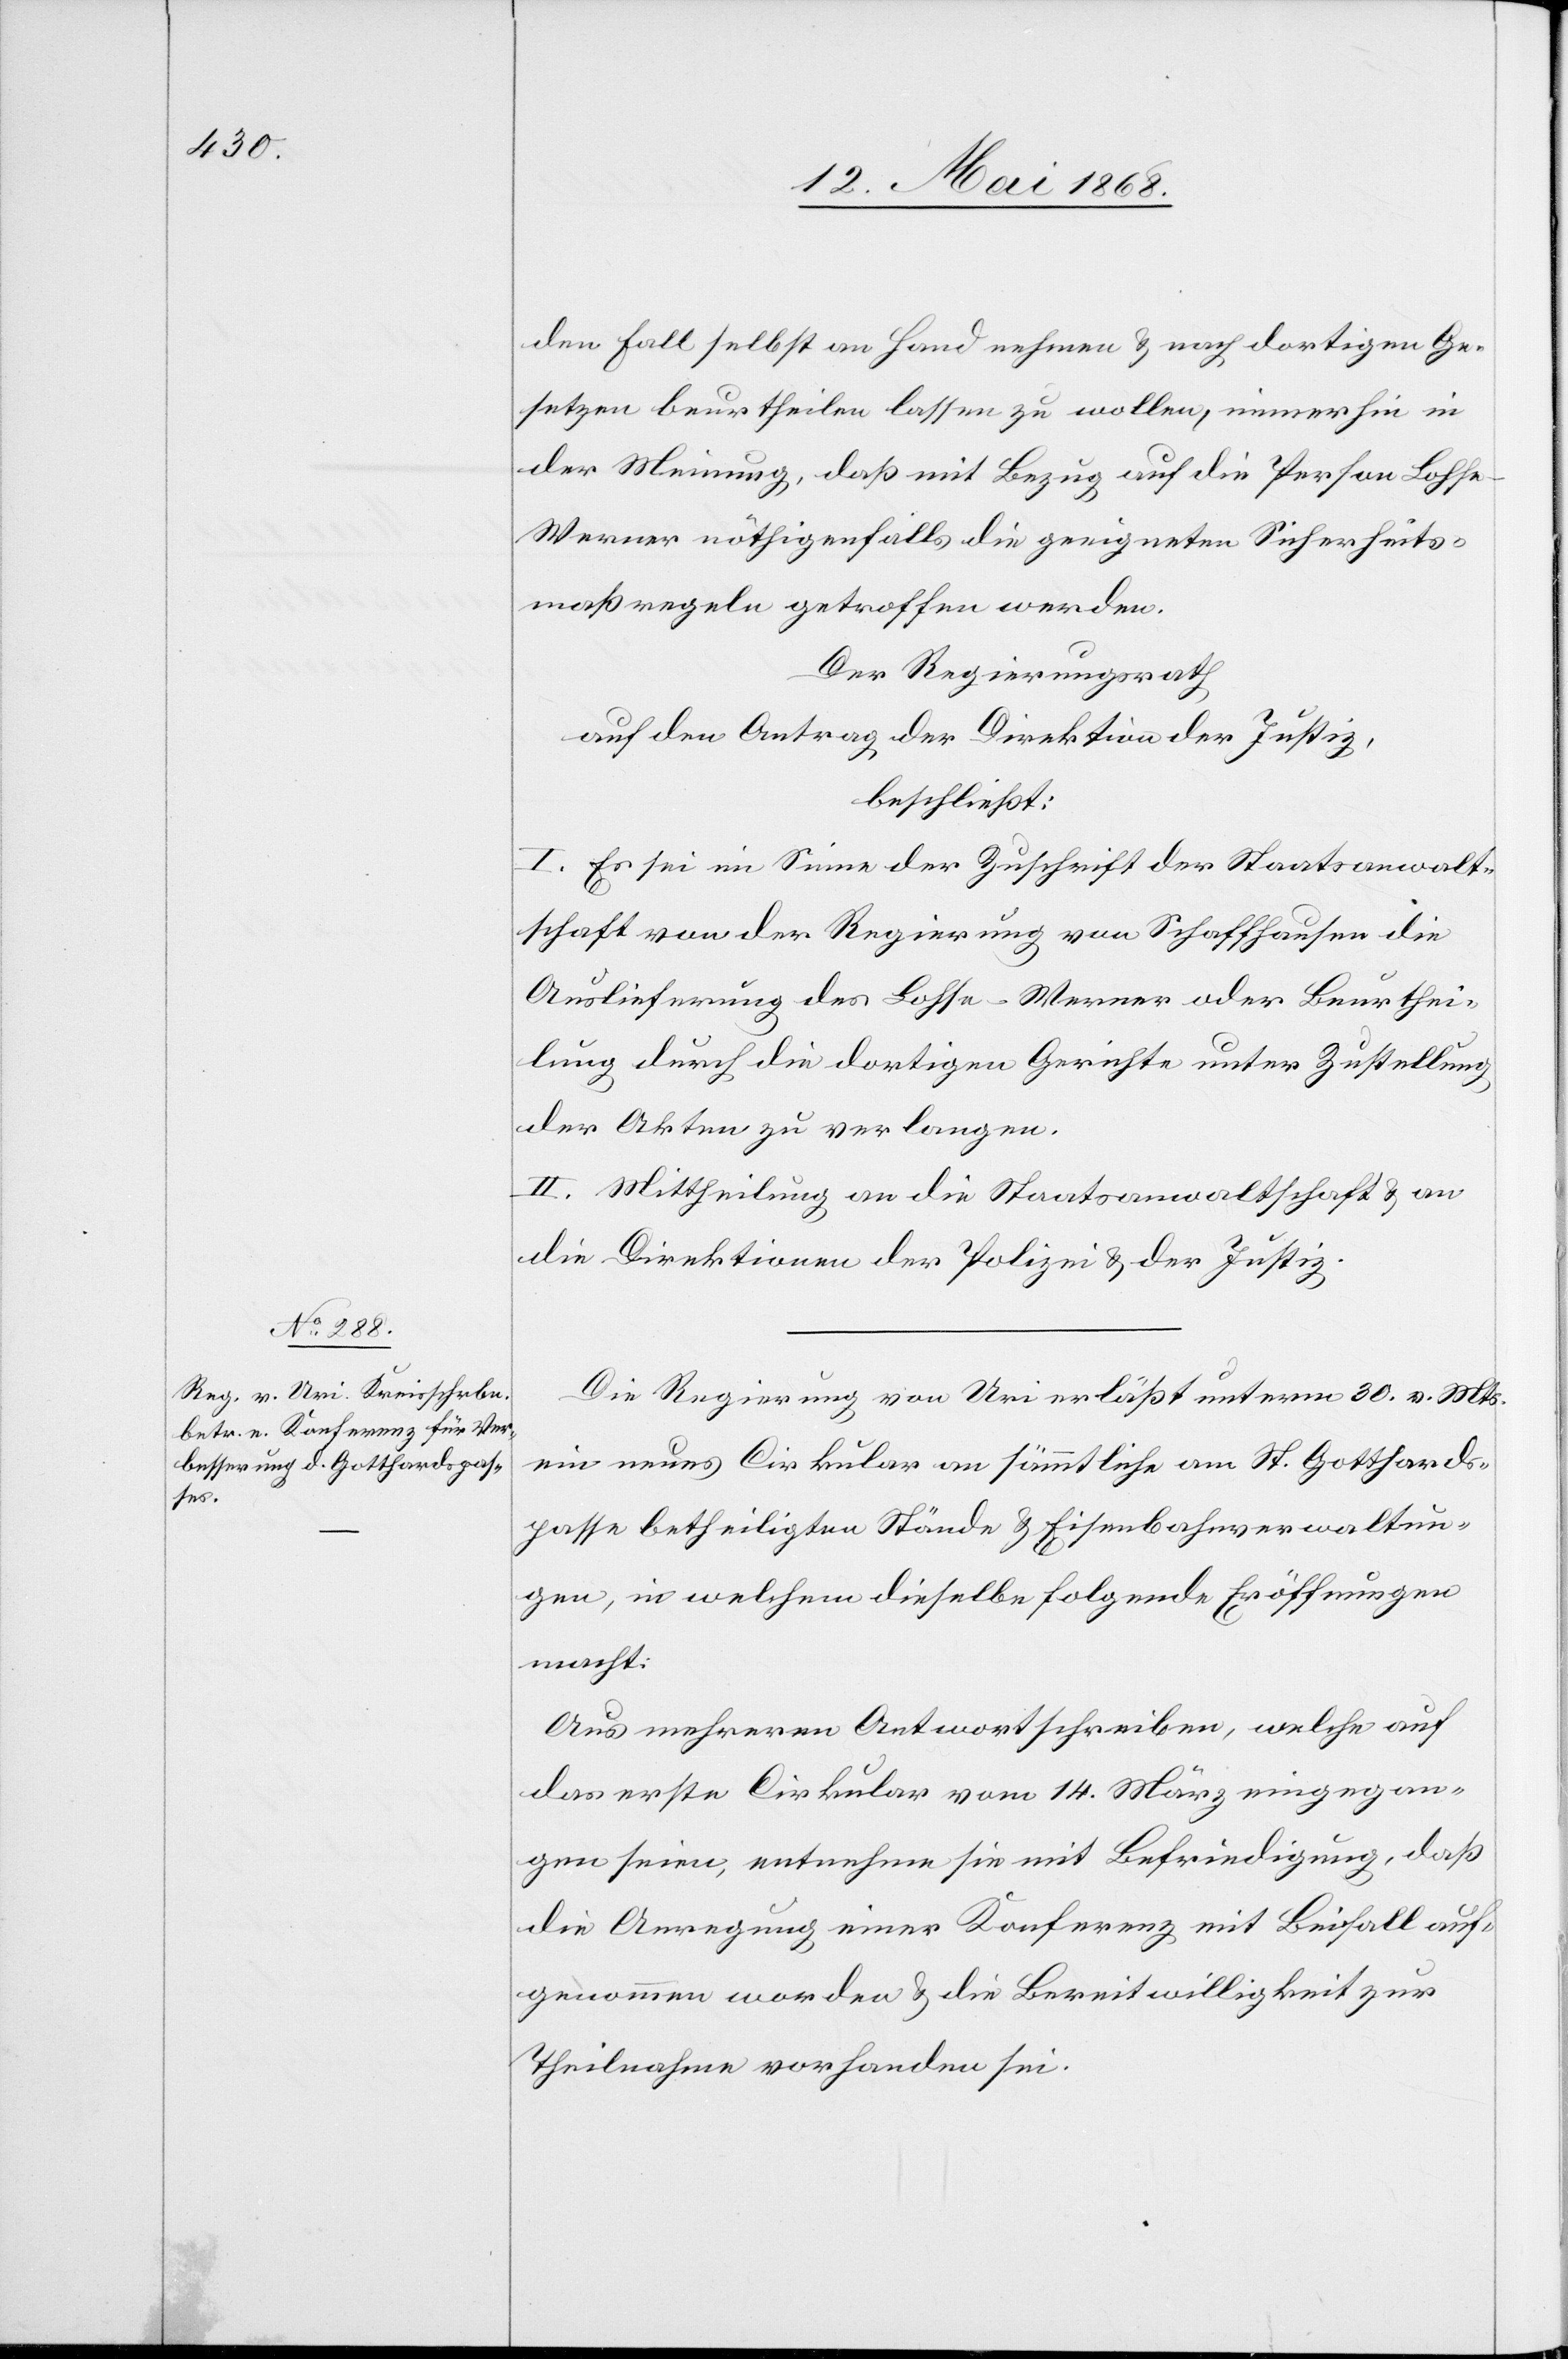
den Fall selbst an Hand nehmen & nach dortigen Ge¬
setzen beurtheilen lassen zu wollen, immerhin in
der Meinung, daß mit Bezug auf die Person Lohs¬
e-Werner nöthigenfalls die geeigneten Sicherheits¬
maßregeln getroffen werden.
Der Regierungsrath
auf den Antrag der Direktion der Justiz,
beschließt:
I. Es sei im Sinne der Zuschrift der Staatsanwalt¬
schaft von der Regierung von Schaffhausen die
Auslieferung des Lohse-Werner oder Beurthei¬
lung durch die dortigen Gerichte unter Zustellung
der Akten zu verlangen.
II. Mittheilung an die Staatsanwaltschaft & an
die Direktionen der Polizei & der Justiz.
Die Regierung von Uri erläßt unterm 30. v. Mts.
ein neues Cirkular an sämmtliche am St. Gotthards¬
passe betheiligten Stände & Eisenbahnverwaltun¬
gen, in welchem dieselbe folgende Eröffnungen
macht:
Aus mehreren Antwortschreiben, welche auf
das erste Cirkular vom 14. März eingegan¬
gen seien, entnehme sie mit Befriedigung, daß
die Anregung einer Konferenz mit Beifall auf¬
genommen worden & die Bereitwilligkeit zur
Theilnahme vorhanden sei.